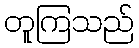
တူကြသည်